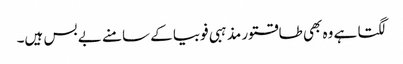
لگتا ہے وہ بھی طاقتور مذہبی فوبیا کے سامنے بے بس ہیں۔